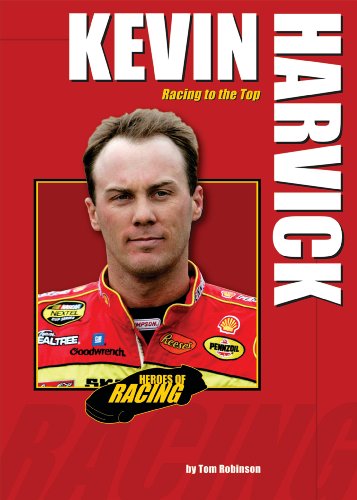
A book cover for Kevin Harvick: Racing to the Top (Heroes of Racing); Tom Robinson; Children's Books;